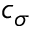
c _ { \sigma }